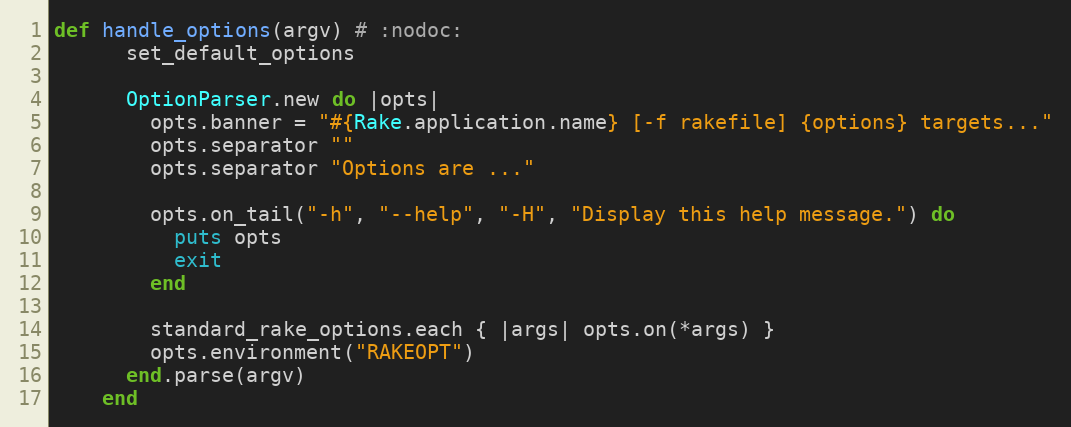
Language: Ruby
def handle_options(argv) # :nodoc:
      set_default_options

      OptionParser.new do |opts|
        opts.banner = "#{Rake.application.name} [-f rakefile] {options} targets..."
        opts.separator ""
        opts.separator "Options are ..."

        opts.on_tail("-h", "--help", "-H", "Display this help message.") do
          puts opts
          exit
        end

        standard_rake_options.each { |args| opts.on(*args) }
        opts.environment("RAKEOPT")
      end.parse(argv)
    end